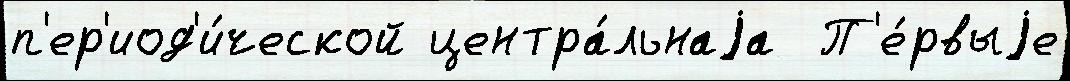
п'ер'иод'и́ческой центра́льнаjа  П'е́рвыjе